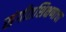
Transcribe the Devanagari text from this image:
संगीतशिक्षणाचा